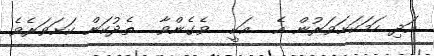
އަދި ހަމަކަށަވަރުން އެ  އަކީ  ވެގެންވާ  ތެދުކަން ކަށަވަރެވެ.